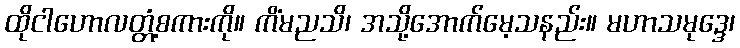
ထိုငါဟောလတ္တံ့စကားကို။ ကိံမညသိ၊ အသို့အောက်မေ့သနည်း။ မဟာသမုဒ္ဒေ၊